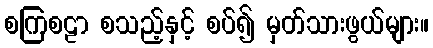
စကြစဠာ စသည့်နှင့် စပ်၍ မှတ်သားဖွယ်များ။